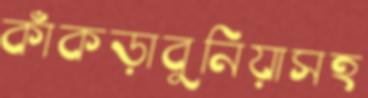
কাঁকড়াবুনিয়াসহ